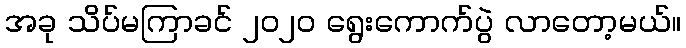
အခု သိပ်မကြာခင် ၂၀၂၀ ရွေးကောက်ပွဲ လာတော့မယ်။